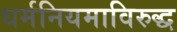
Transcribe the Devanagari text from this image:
धर्मनियमाविरुद्ध